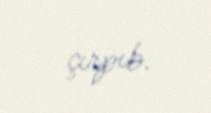
çırpıb.